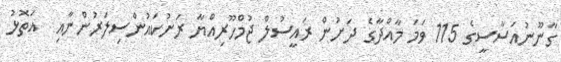
ގާނޫނުއަސާސީގެ 115 ވަމަ މާއްދާގެ ދަށުން ރައީސުލް ޖުމްހޫރިއްޔާ ރަށުކައުންސިލަރުންނާއި  އަތޮޅު